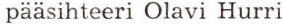
pääsihteeri Olavi Hurri